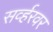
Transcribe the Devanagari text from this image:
सर्व्हरवर